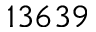
1 3 6 3 9